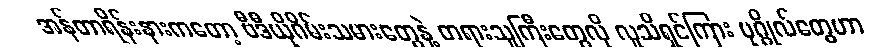
အန်တာရိန်းနားကတော့ ဗီဒီယိုဂိမ်းသမားတွေနဲ့ တရားသူကြီးတွေလို လူသိရှင်ကြား ပုဂ္ဂိုလ်တွေဟာ